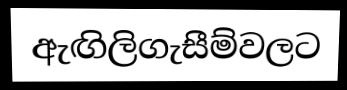
ඇඟිලිගැසීම්වලට